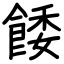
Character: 餧